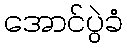
အောင်ပွဲခံ